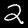
Label: 2